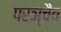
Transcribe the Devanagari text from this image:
परञ्चैव